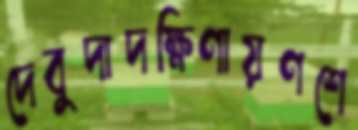
দেবুদাদক্ষিণায়ণশে